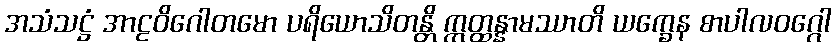
အသံသဋ္ဌံ အာဠဝိဂေါတမော ပရိယောသိတန္တိ ဣတ္ထန္နာမဿာတိ ယက္ခေန စာပါလဝဂ္ဂေါ